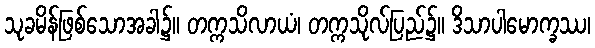
သုခမိန်ဖြစ်သောအခါ၌။ တက္ကသိလာယံ၊ တက္ကသိုလ်ပြည်၌။ ဒိသာပါမောက္ခဿ၊